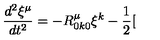
\frac { d ^ { 2 } \xi ^ { \mu } } { d t ^ { 2 } } = - R _ { 0 k 0 } ^ { \mu } \xi ^ { k } - \frac { 1 } { 2 } [